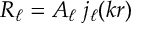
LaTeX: R _ { \ell } = A _ { \ell } \; j _ { \ell } ( k r )